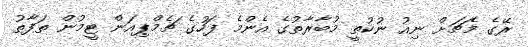
ރޭގެ މެޗަށް ނިއު ނުކުތީ މުބާރާތުގެ އެންމެ ފަހުގެ ޗެމްޕިއަން ޓީމުން ތަފާތު